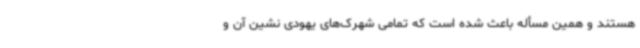
هستند و همین مسأله باعث شده است که تمامی شهرک‌های یهودی نشین آن و